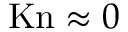
\mathrm { K n } \approx 0